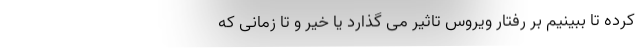
کرده تا ببینیم بر رفتار ویروس تاثیر می گذارد یا خیر و تا زمانی که